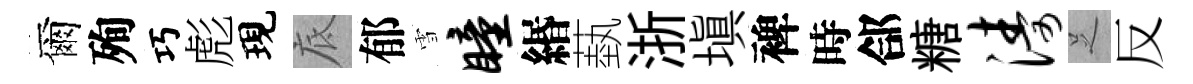
爾殉巧彪現底郁雪瞳緡蓺浙填裨時郃糖涛𠯁反